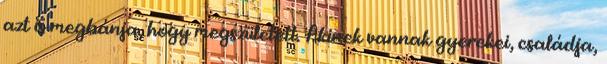
azt is megbánja, hogy megszületett. Akinek vannak gyerekei, családja,